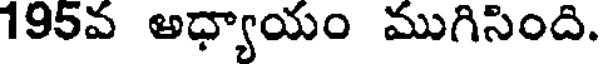
195వ అధ్యాయం ముగిసింది.